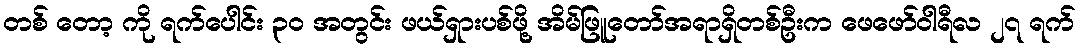
တစ် တော့ ကို ရက်ပေါင်း ၃၀ အတွင်း ဖယ်ရှားပစ်ဖို့ အိမ်ဖြူတော်အရာရှိတစ်ဦးက ဖေဖော်ဝါရီလ ၂၇ ရက်